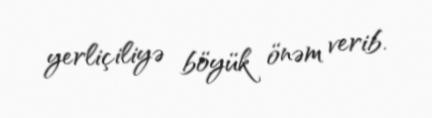
yerliçiliyə böyük önəm verib.